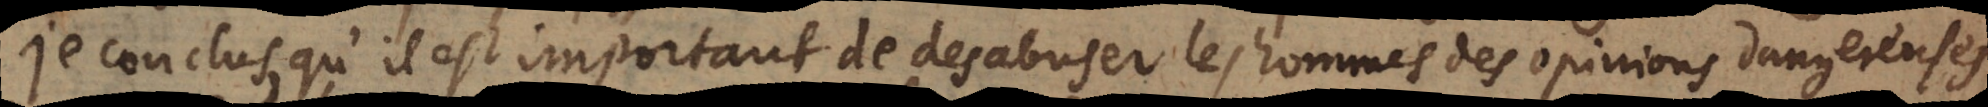
Je conclus, qu’il est important de desabuser les hommes des opinions dangereuses